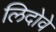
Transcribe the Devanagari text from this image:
लिदोवे